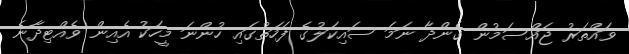
ވައްތަރު ޖައްސަމުން ގެންދާ ނަމަ ސައިކަލުގެ ފަހަތުގައި ހުންނަ މީހަކު އެއިން ވެއްޓިދާނެ